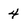
Character: 4